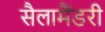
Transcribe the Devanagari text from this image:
सैलामैंडरी